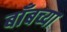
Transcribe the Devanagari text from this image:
बाँबच्या